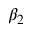
\beta _ { 2 }